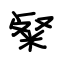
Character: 粲